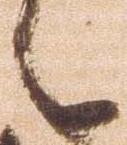
々